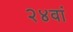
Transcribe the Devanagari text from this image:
२४वां